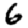
Digit: 6